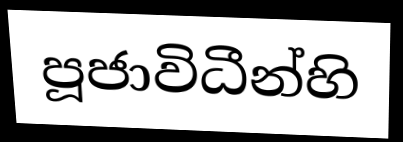
පූජාවිධීන්හි